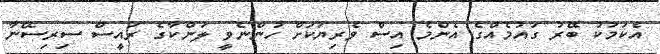
އެކަމަކު ބޭރު ގައުމެއްގެ އެންމެ އިސް ވެރިޔަކަށް ހުންނެވީ ލަންކާގެ ރައީސް ސިރިސޭނާ